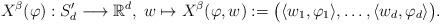
LaTeX: \begin{align*}X^{\beta}(\varphi):S'_{d}\longrightarrow\mathbb{R}^{d},\;w\mapsto X^{\beta}(\varphi,w):=\big(\langle w_{1},\varphi_{1}\rangle,\ldots,\langle w_{d},\varphi_{d}\rangle\big).\end{align*}